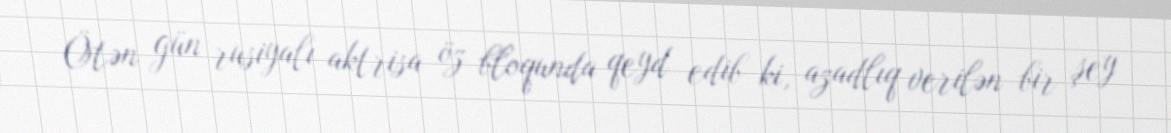
Ötən gün rusiyalı aktrisa öz bloqunda qeyd edib ki, azadlıq verilən bir şey